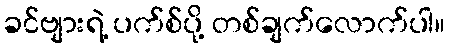
ခင်ဗျားရဲ့ ပက်စ်ပို့ တစ်ချက်လောက်ပါ။